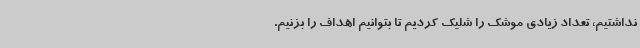
نداشتیم، تعداد زیادی موشک را شلیک کردیم تا بتوانیم اهداف را بزنیم.